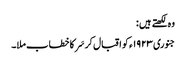
وہ لکھتے ہیں :
جنوری ١٩٢٣ء کو اقبال کر سَر کا خطاب ملا۔